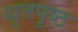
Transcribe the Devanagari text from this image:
धृतपृष्ठ